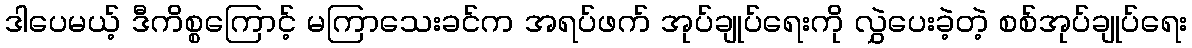
ဒါပေမယ့် ဒီကိစ္စကြောင့် မကြာသေးခင်က အရပ်ဖက် အုပ်ချုပ်ရေးကို လွှဲပေးခဲ့တဲ့ စစ်အုပ်ချုပ်ရေး